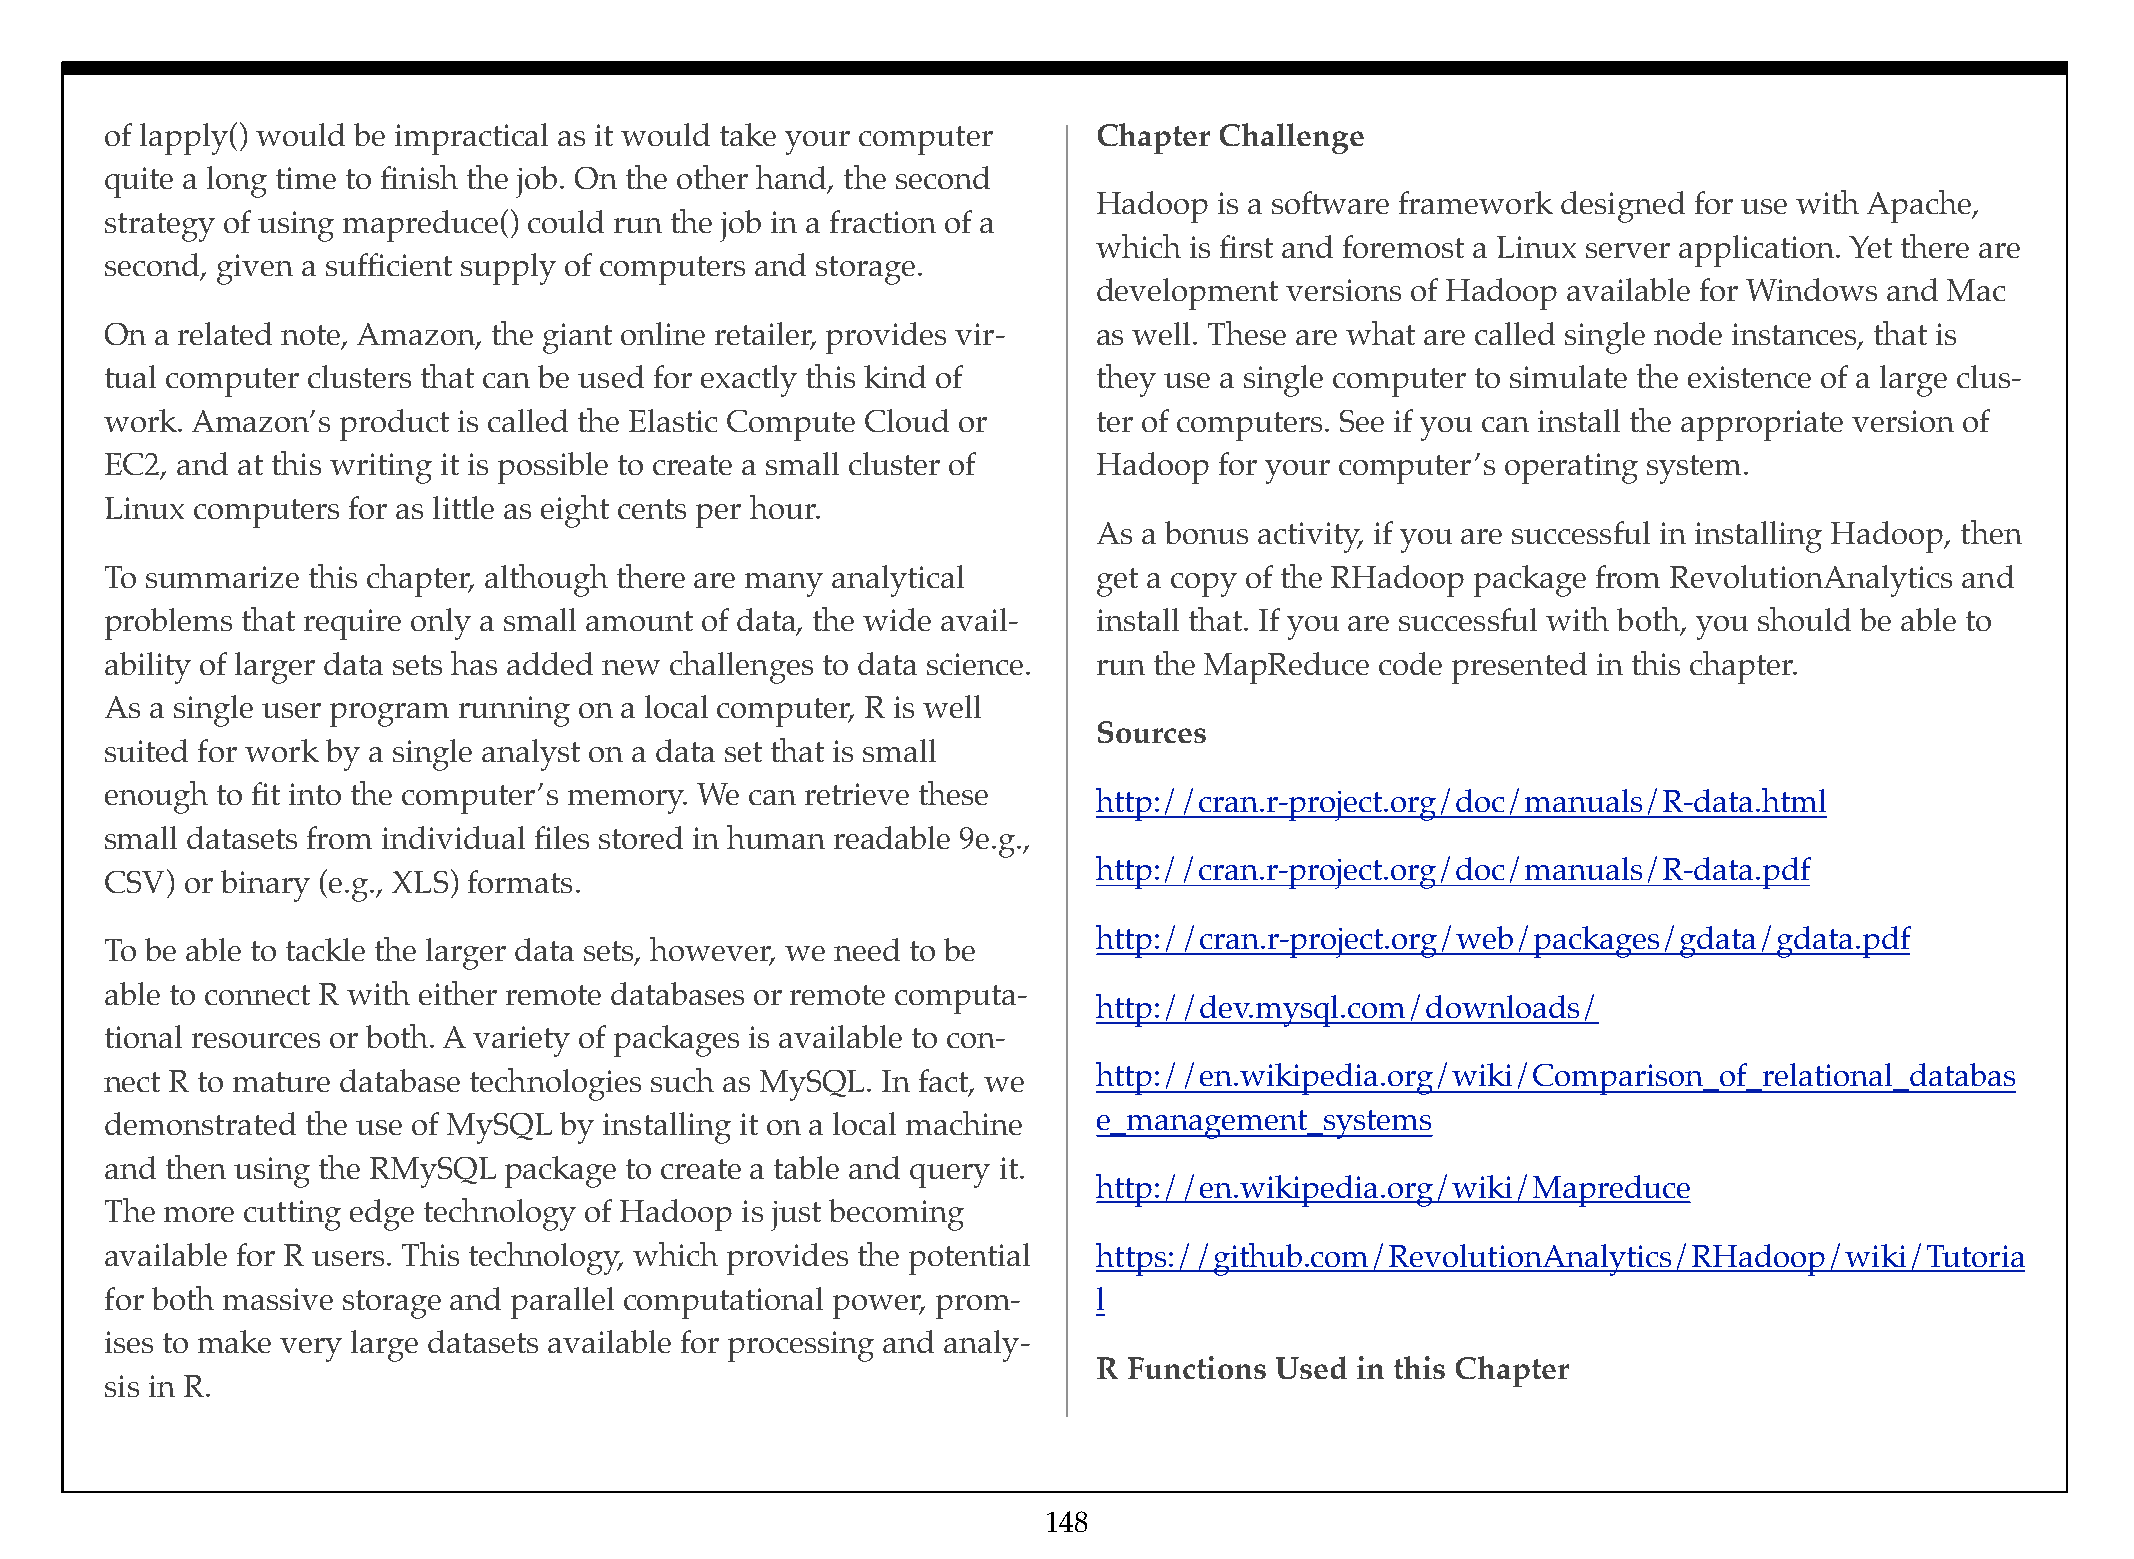
of lapply() would be impractical as it would take your computer   Chapter Challenge
 quite a long time to finish the job. On the other hand, the second
 Hadoop  is a software framework designed for use with Apache,
 strategy of using mapreduce() could run the job in a fraction of a
 which is first and foremost a Linux server application. Yet there are
 second, given a sufficient supply of computers and storage.
 development versions of Hadoop available for Windows and Mac
 On a related note, Amazon, the giant online retailer, provides vir- as well. These are what are called single node instances, that is
 tual computer clusters that can be used for exactly this kind of  they use a single computer to simulate the existence of a large clus-
 work. Amazon’s product is called the Elastic Compute Cloud or     ter of computers. See if you can install the appropriate version of
 EC2, and at this writing it is possible to create a small cluster of Hadoop for your computer’s operating system.
 Linux computers for as little as eight cents per hour.
 As a bonus activity, if you are successful in installing Hadoop, then
 To summarize this chapter, although there are many analytical     get a copy of the RHadoop package from RevolutionAnalytics and
 problems that require only a small amount of data, the wide avail- install that. If you are successful with both, you should be able to
 ability of larger data sets has added new challenges to data science. run the MapReduce code presented in this chapter.
 As a single user program running on a local computer, R is well
 Sources
 suited for work by a single analyst on a data set that is small
 enough to fit into the computer’s memory. We can retrieve these
 http://cran.r-project.org/doc/manuals/R-data.html
 small datasets from individual files stored in human readable 9e.g.,
 http://cran.r-project.org/doc/manuals/R-data.pdf
 CSV) or binary (e.g., XLS) formats.
 http://cran.r-project.org/web/packages/gdata/gdata.pdf
 To be able to tackle the larger data sets, however, we need to be
 able to connect R with either remote databases or remote computa-
 http://dev.mysql.com/downloads/
 tional resources or both. A variety of packages is available to con-
 nect R to mature database technologies such as MySQL. In fact, we http://en.wikipedia.org/wiki/Comparison_of_relational_databas
 demonstrated the use of MySQL by installing it on a local machine e_management_systems
 and then using the RMySQL package to create a table and query it.
 http://en.wikipedia.org/wiki/Mapreduce
 The more cutting edge technology of Hadoop is just becoming
 available for R users. This technology, which provides the potential https://github.com/RevolutionAnalytics/RHadoop/wiki/Tutoria
 for both massive storage and parallel computational power, prom-  l
 ises to make very large datasets available for processing and analy-
 R Functions Used in this Chapter
 sis in R.
 148